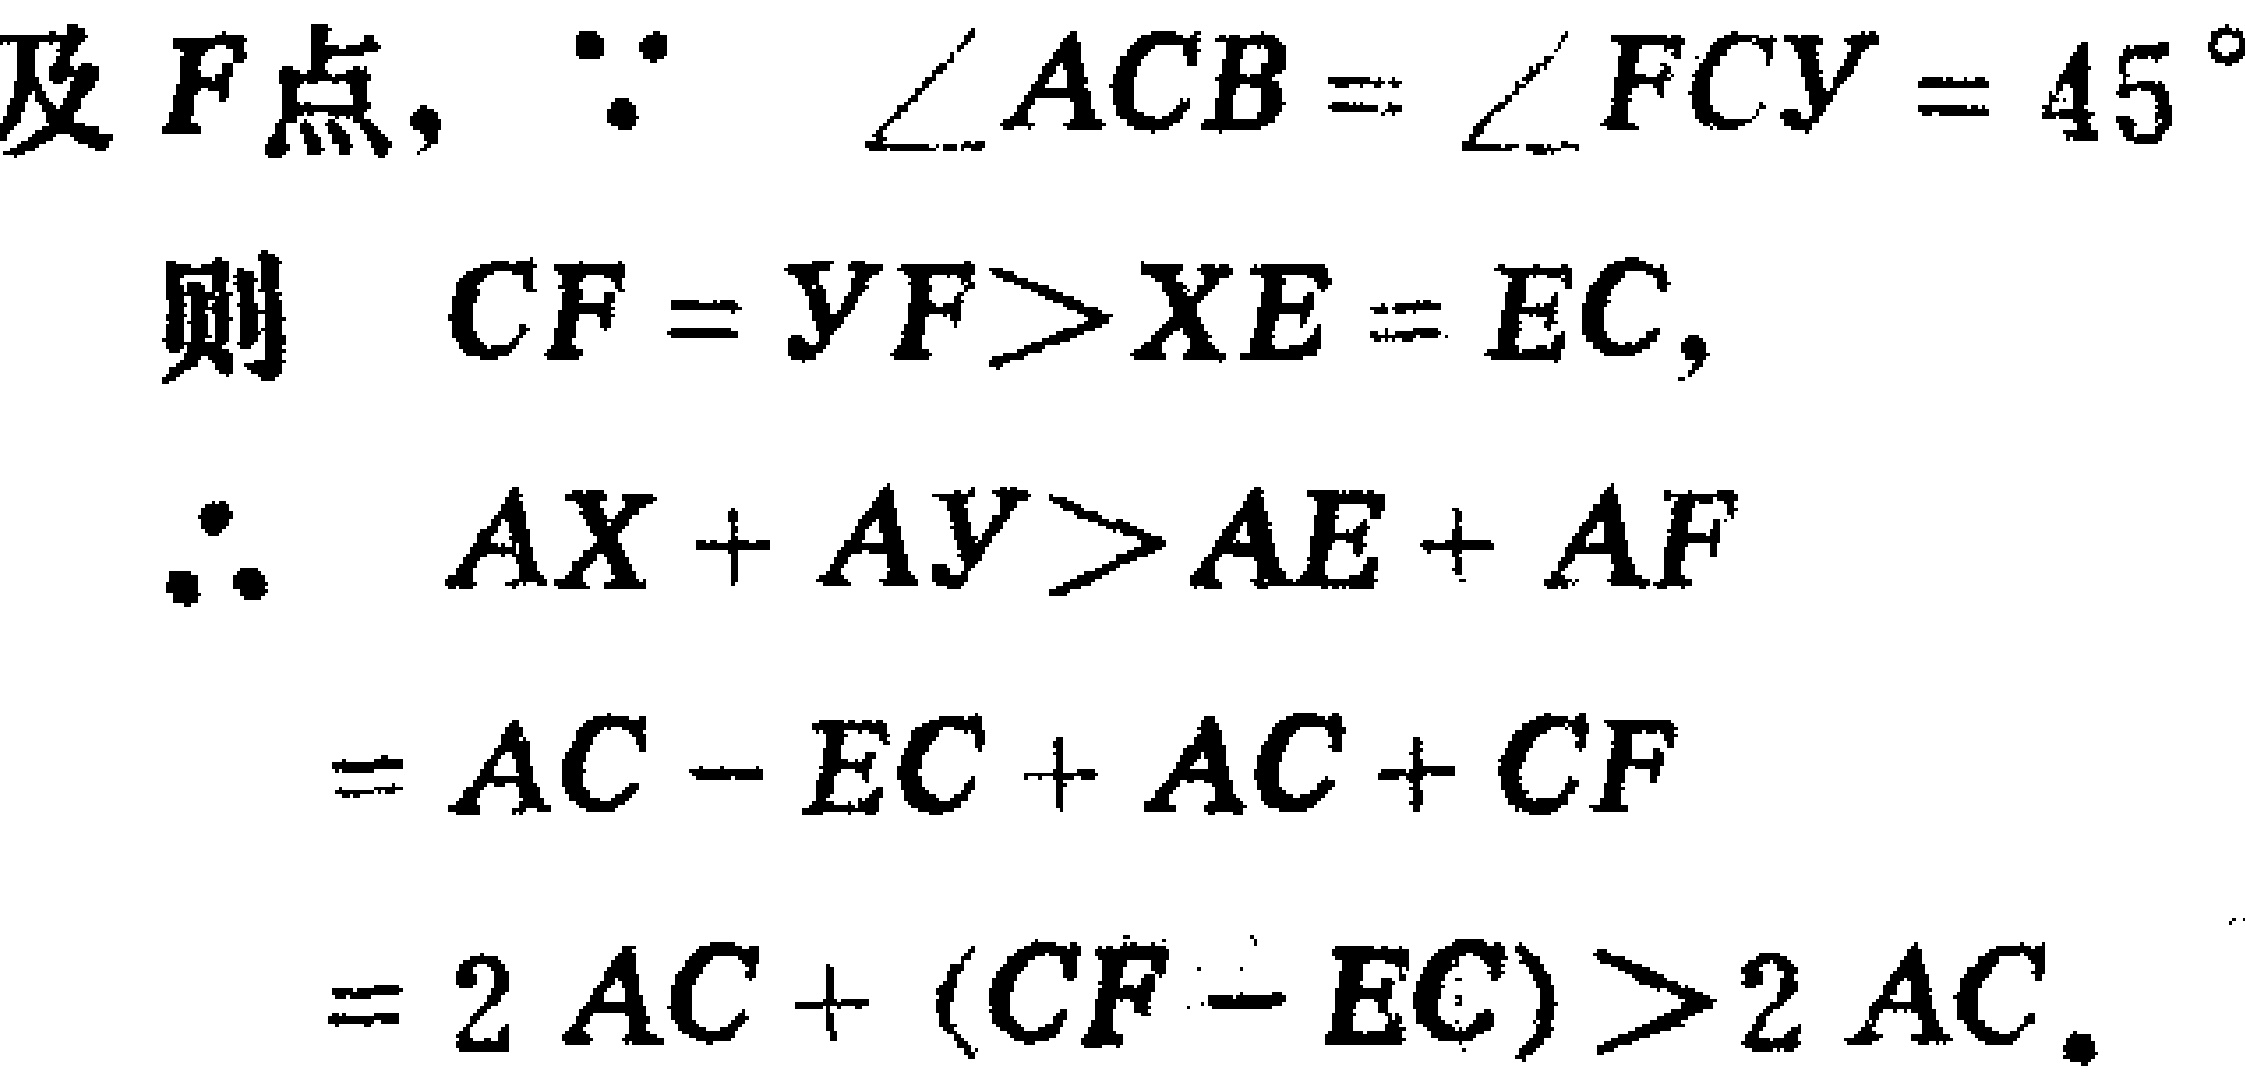
及\(F\)点，\(\because \angle ACB = \angle FCY = 45^{\circ}\)
则 \(CF = YF>XE = EC\)，
\(\therefore AX + AY>AE + AF\)
\(= AC - EC + AC + CF\)
\(= 2AC + (CF - EC)>2AC\)。